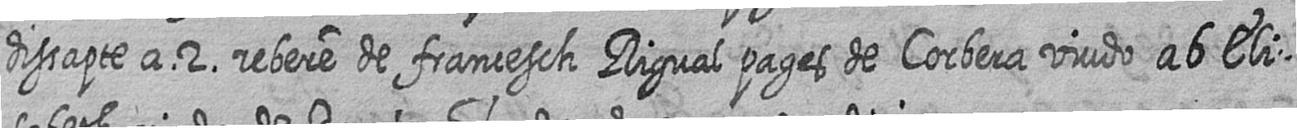
dissapte a 2 rebere de francesch Rigual pages de Corbera viudo ab Eli=